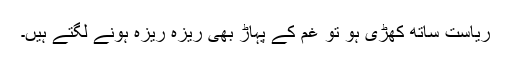
ریاست ساتھ کھڑی ہو تو غم کے پہاڑ بھی ریزہ ریزہ ہونے لگتے ہیں۔